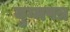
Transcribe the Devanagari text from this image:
युग्मपत्र